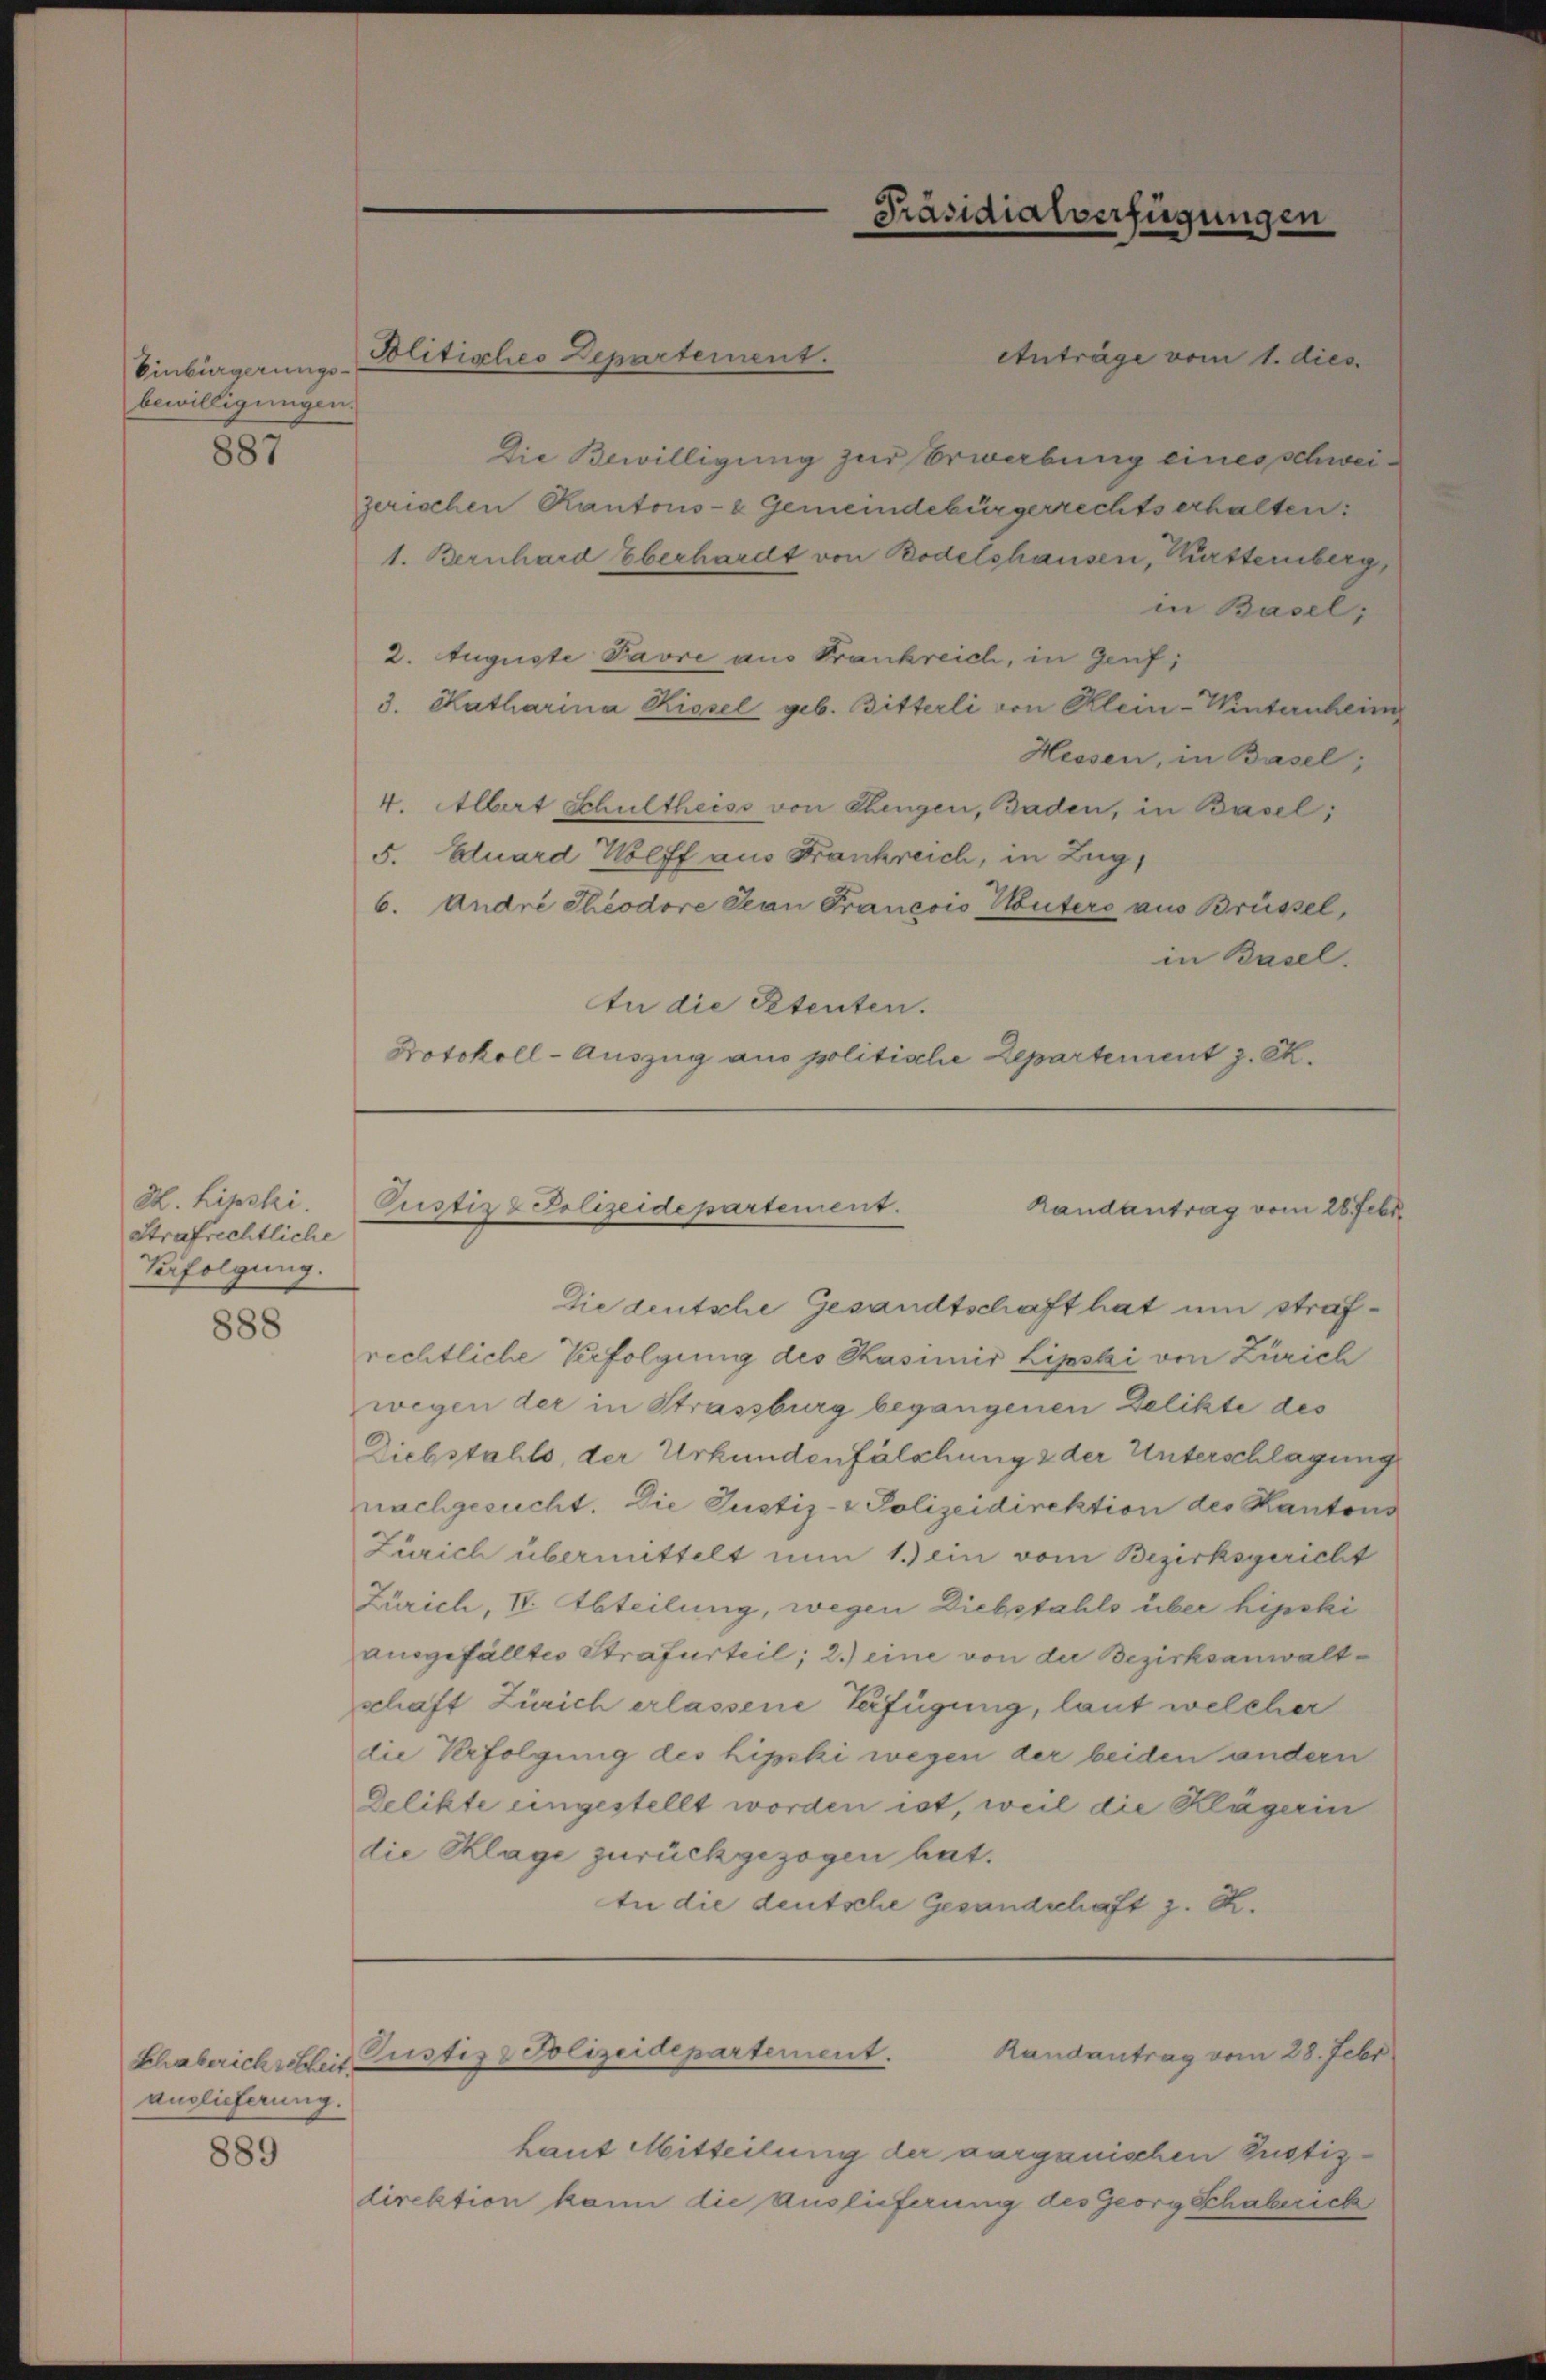
Einbürgerungs-
bewilligungen.

887

H. Lipski.
Strafrechtliche
Verfolgung.

888

auglieferung.

889

Anträge vom 1. dies
Die Bewilligung zur Erwabung eines schweizerischen Kantons- & Gemeindebürgerrechts erhalten:
1. Bernhard Eberhardt von Bodelshausen, Württemberg,
in Basel;
2. Auguste Favre aus Frankreich, in Genf,
3. Hatharina Kissel geb. Bitterli von Klein-Winternheim
Hessen, in Basel;
4. Albert Schultheiss von Thengen, Baden, in Basel;
5. Eduard Wolff aus Frankreich, in Zug,
6. Andre Theodore San Francois Hüters aus Brüssel,
in Basel.
In die Petenten.
Protokoll-Auszug aus politische Departement z. R.

Politisches Departement.

Präsidialverfügungen

Pustiz & Polizeidepartement.
Randantrag vom 28. Febr.

Die deutsche Gesandtschaft hat um strafrechtliche Verfolgung des Kasimir Lipski von Zürich
wegen der in Strassburg begangenen Delikte des
Diebstahls, der Urkundenfälschung & der Unterschlagung
nachgesucht. Die Justiz- & Polizeidirektion des Kantons
Zürich übermittelt nun 1.) ein vom Bezirksgericht
Zürich, I. Abteilung, wegen Diebstahls über hipski
ausgefälltes Strafurteil; 2.) eine von der Bezirksanwaltschaft Zürich erlassene Verfügung, laut welcher
die Verfolgung des hipski wegen der beiden andern
Delikte ungestellt worden ist, weil die Klägerin
die Klage zurückgezogen hat.
In die deutsche Gesandschaft z. R.

Randantrag vom 28. Febr
Chaberichschleit Justiz & Polizeidepartement.

Laut Mitteilung der aarganischen Pustiz-
direktion kann die Auslieferung des Georg Schaberich